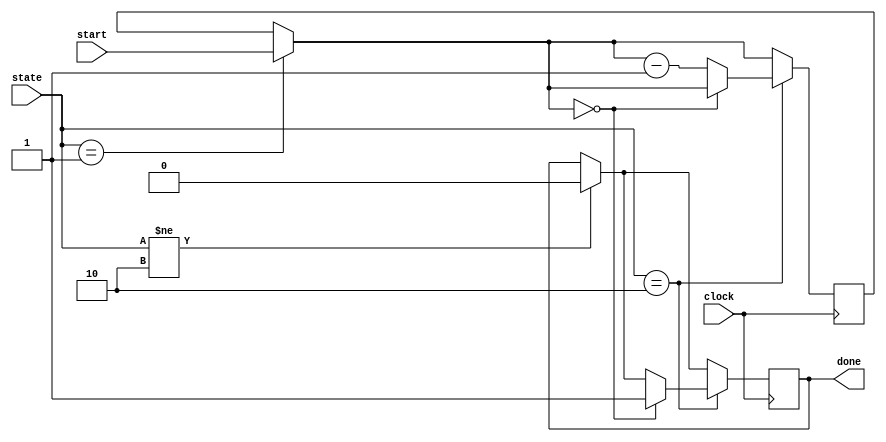
module Count_down(clock, start, state, done);

	//Function parameters
	input    		clock; //The 1kHz clock
	input    [8:0] start; //The LFSR generated number we count down from
	input    [1:0] state; //The state of the machine
	output reg     done;  //The flag that our counting is done
		
	reg      [8:0] count;    //The number we will actually be counting with
	
	//Whenever our LFSR output changes, change the count to match the output
	//Whenever we are not in state two, reset done to 0;
	/*always @ (start or state)
	begin
		if(state == 1)
		begin
			count = start;
		end
		
		if(state != 2)
		begin
			done = 0;
		end
		
	end*/
	
	//Every time the clock rises, we want to count down one.  When we reach zero, we
	//are done. Set the boolean so the higher level logic can change the state.
	always @ (posedge clock)
	begin
		if(state == 1)
		begin
			count = start;
		end
		
		if(state != 2)
		begin
			done = 0;
		end
	
	
		if(state == 2)
		begin
			if(count == 0)
			begin
				done = 1;
			end
			
			else
			begin
				count = count - 1;
			end
		end
	end
	
	
endmodule